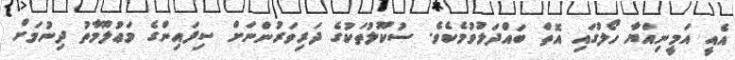
އެއީ އަމީނިއްޔާ ހޯލުގައި އޮތް ބައްދަލުވުމެކެވެ. ސުކޫލުތަކުގެ ދަރިވަރުންނަށް ސިފައިންގެ މަޢުލޫމާތު ދިނުމަށް